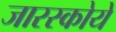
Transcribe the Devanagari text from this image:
जारस्कोये